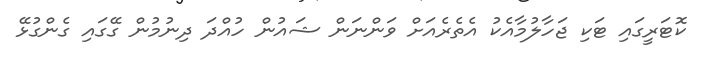
ކޮޓަރީގައި ޓަކި ޖަހާލުމާއެކު އެތެރެއަށް ވަންނަން ޝައުން ހުއްދަ ދިނުމުން ގޭގައި ގެންގުޅޭ